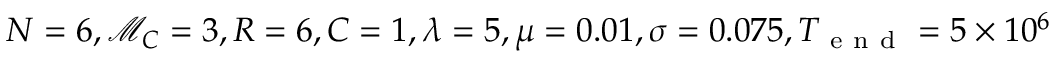
N = 6 , \mathcal { M } _ { C } = 3 , R = 6 , C = 1 , \lambda = 5 , \mu = 0 . 0 1 , \sigma = 0 . 0 7 5 , T _ { \mathrm { ~ e ~ n ~ d ~ } } = 5 \times 1 0 ^ { 6 }